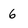
Character: 6